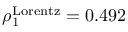
\rho _ { 1 } ^ { \mathrm { L o r e n t z } } = 0 . 4 9 2